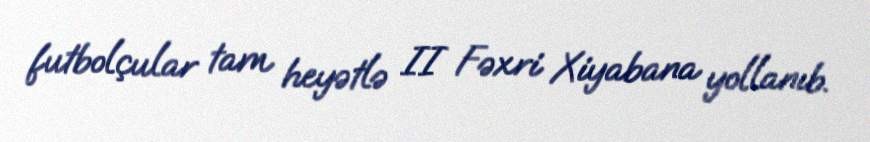
futbolçular tam heyətlə II Fəxri Xiyabana yollanıb.